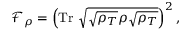
\mathcal { F } _ { \rho } = \left( \mathrm { T r } ~ \sqrt { \sqrt { \rho _ { T } } \rho \sqrt { \rho _ { T } } } \right) ^ { 2 } ,